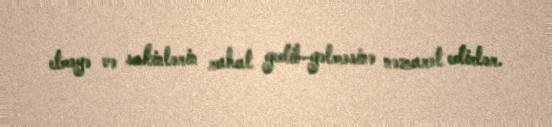
etməyə və sakinlərin rahat gedib-gəlməsinə nəzarət edirlər.